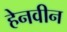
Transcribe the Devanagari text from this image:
हेनवीन